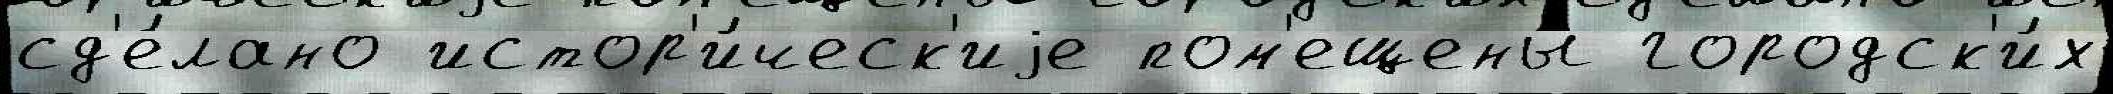
сд'е́лано истор'и́ческ'иjе пом'ещены́ городск'и́х